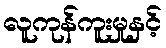
လူကုန်ကူးမှုနှင့်